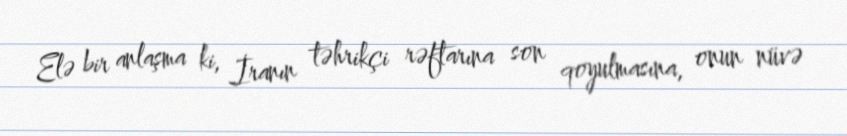
Elə bir anlaşma ki, İranın təhrikçi rəftarına son qoyulmasına, onun nüvə